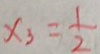
x _ { 3 } = \frac { 1 } { 2 }